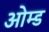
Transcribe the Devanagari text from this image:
ओम्ड